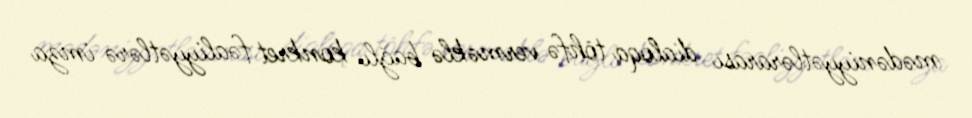
mədəniyyətlərarası dialoqa töhfə verməklə bağlı konkret fəaliyyətlərə imza